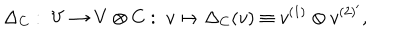
\Delta _ { C } : \; V \rightarrow V \otimes C : \; v \mapsto \Delta _ { C } ( v ) \equiv v ^ { ( 1 ) } \otimes v ^ { ( 2 ) ^ { \prime } } ,